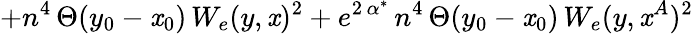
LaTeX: +n^{4}\, \Theta(y_{0}-\mathit{x}_{0})\, W_{e}(y,\mathit{x})^{2}+e^{2\, \alpha^{*}}\, n^{4}\, \Theta(y_{0}-\mathit{x}_{0})\, W_{e}(y,\mathit{x}^{A})^{2}